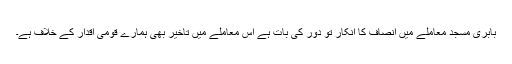
بابری مسجد معاملے میں انصاف کا انکار تو دور کی بات ہے اس معاملے میں تاخیر بھی ہمارے قومی اقدار کے خلاف ہے۔